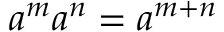
a ^ { m } a ^ { n } = a ^ { m + n }